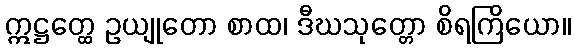
ဣဋ္ဌတ္ထေ ဥယျုတော စာထ၊ ဒီဃသုတ္တော စိရကြိယော။